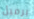
برميل